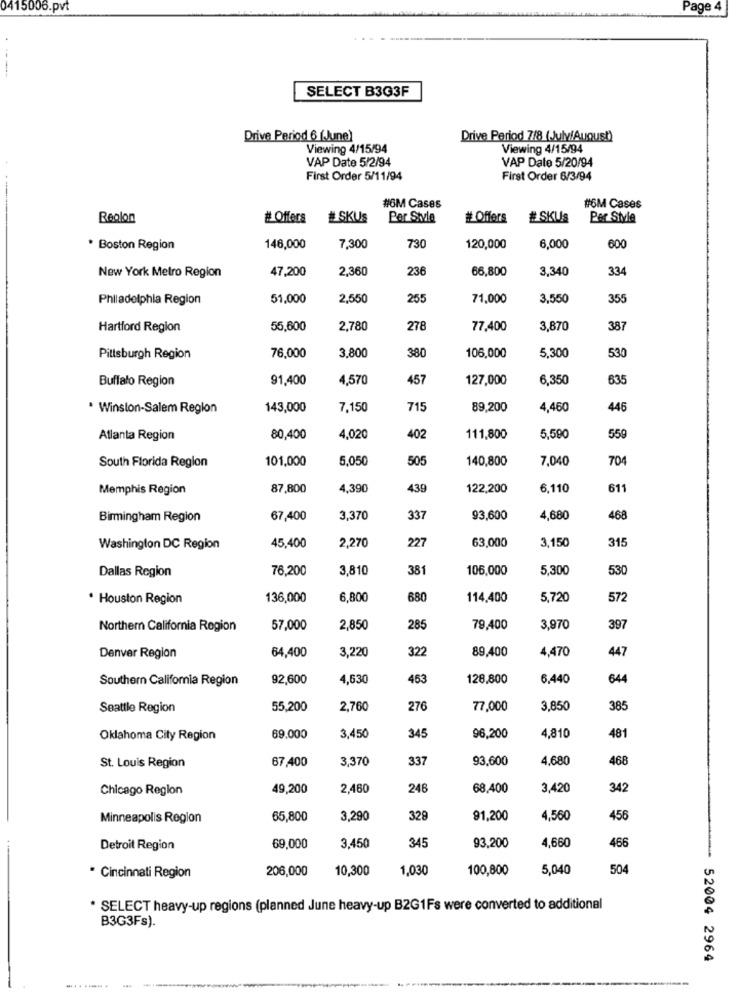
0415006.pvt
Page 4
------
SELECT B3G3F
Drive Period 6 (June)
Drive Period 7/8 (July/August)
Viewing 4/15/94
Viewing 4/15/94
VAP Date 5/2/94
VAP Date 5/20/94
First Order 5/11/94
First Order 6/3/94
---
#6M Cases
#6M Cases
Realon
# Offers
# SKUS
Per Style
# Offers
#SKUs
Per Style
* Boston Region
146,000
7,300
730
120,000
6,000
600
47,200
2,360
236
66,800
3,340
334
New York Metro Region
Philadelphia Region
51.000
2,550
255
71,000
3,550
355
Hartford Region
55,600
2,780
278
77,400
3,870
387
76.000
3,800
380
106,000
5,300
530
Pittsburgh Region
Buffalo Region
91,400
4,570
457
127,000
6,350
635
* Winston-Salem Region
143,000
7,150
715
89,200
4,460
446
Atlanta Region
80,400
4,020
402
111,800
5,590
559
South Florida Region
101,000
5,050
505
140,800
7,040
704
Memphis Region
87,800
4,390
439
122,200
6,110
611
Birmingham Region
67,400
3,370
337
93,600
4,680
468
45,400
2,270
227
63,000
3.150
315
Washington DC Region
Dallas Region
76,200
3,810
381
106,000
5,300
530
. Houston Region
136,000
6,800
680
114,400
5,720
572
Northern California Region
57,000
2,850
285
79,400
3,970
397
64,400
3,220
322
89,400
4,470
447
Denver Region
Southern California Region
92,600
4,630
453
128,800
6,440
644
Seattle Region
55,200
2,760
276
77,000
3,850
385
Oklahoma City Region
69,000
3,450
345
96,200
4,810
481
67,400
3,370
337
93,600
4,680
468
St. Louis Region
Chicago Region
49,200
2,460
246
68,400
3,420
342
Minneapolis Region
65,800
3,290
328
91,200
4,560
456
345
93,200
4,660
466
Detroit Region
69,000
3,450
206,000
10,300
1,030
100,800
5,040
504
· Cincinnati Region
* SELECT heavy-up regions (planned June heavy-up B2G1Fs were converted to additional
B3G3Fs).
52004 2964
... .......